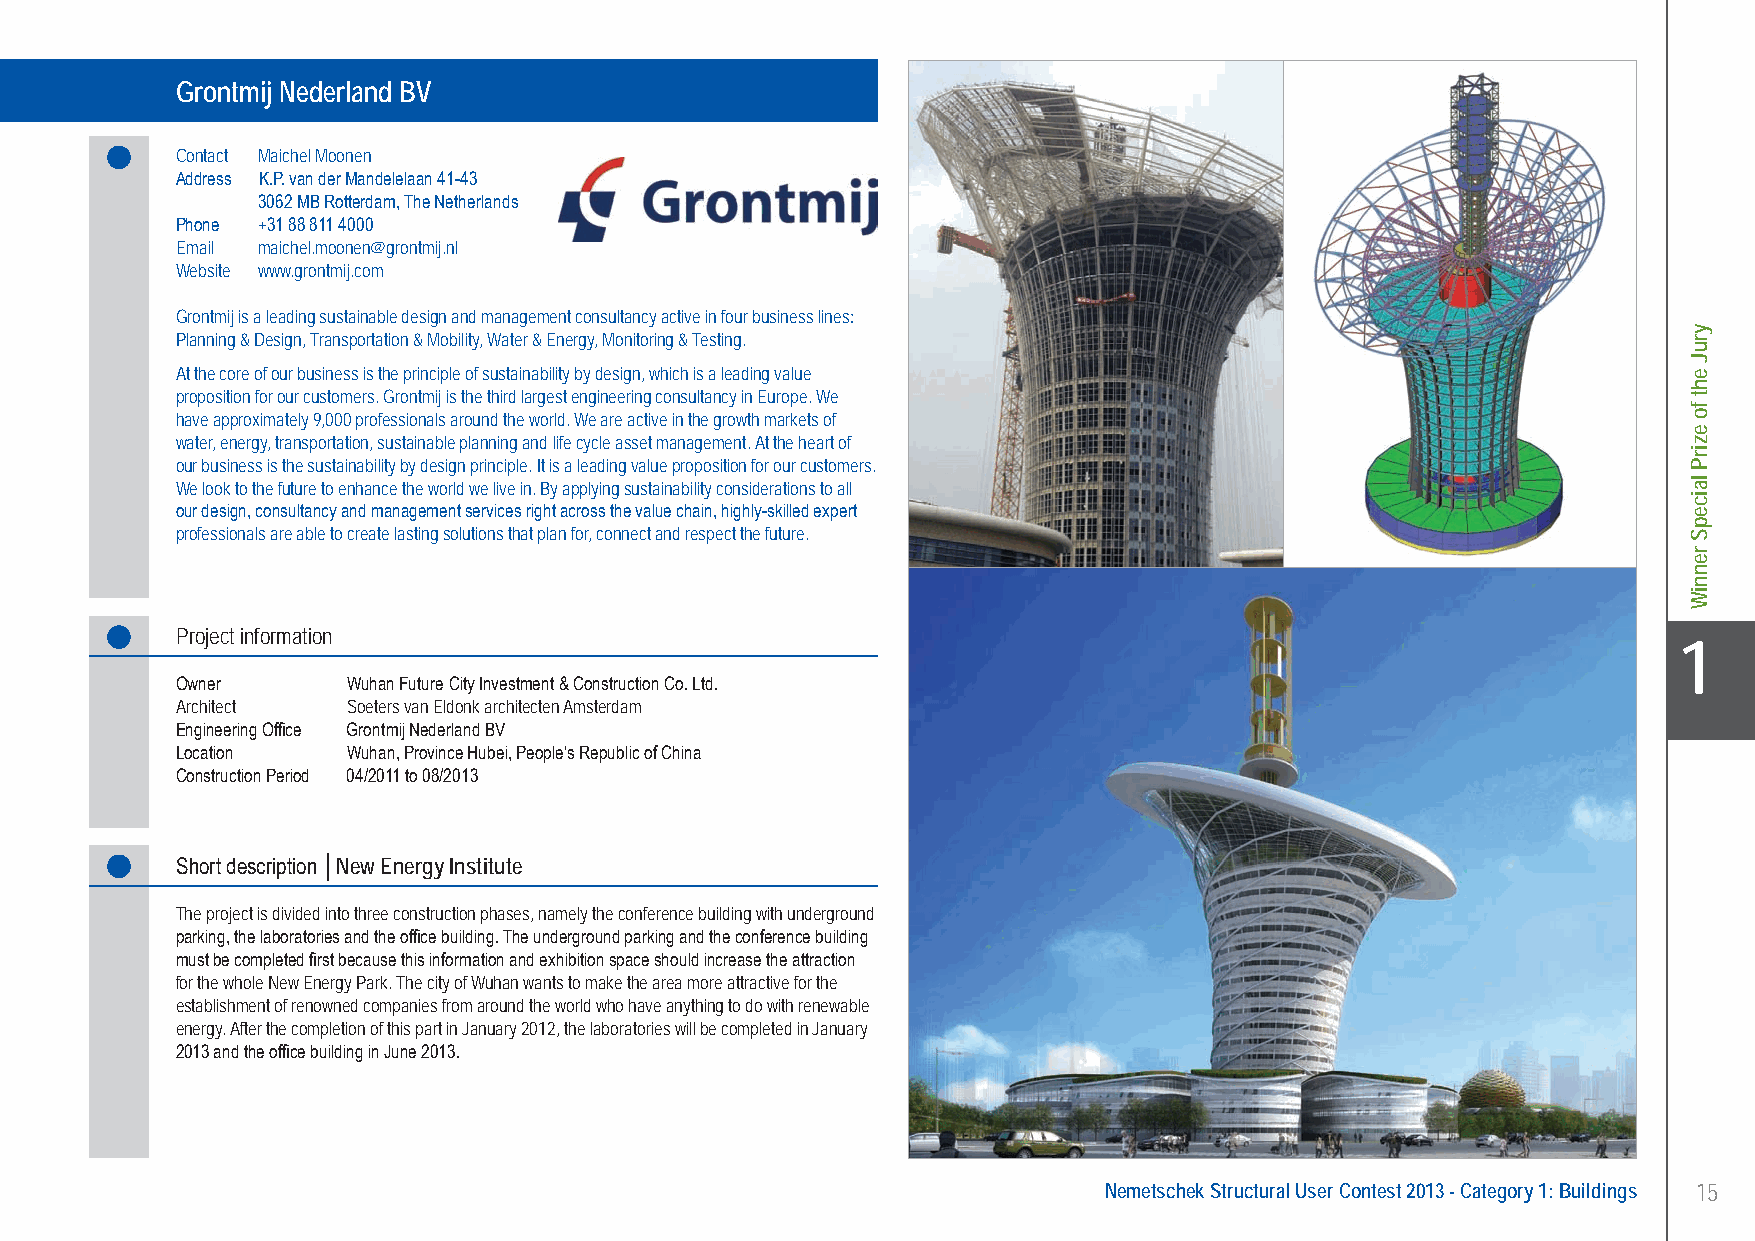
Grontmij Nederland BV New Energy Institute - Wuhan, Province Hubei, People’s Republic of China
 Grontmij Nederland BV
 Contact Maichel Moonen
 Address K.P. van der Mandelelaan 41-43
 3062 MB Rotterdam, The Netherlands
 Phone +31 88 811 4000
 Email maichel.moonen@grontmij.nl
 Website www.grontmij.com
 Grontmij is a leading sustainable design and management consultancy active in four business lines:
 Planning & Design, Transportation & Mobility, Water & Energy, Monitoring & Testing.
 At the core of our business is the principle of sustainability by design, which is a leading value
 proposition for our customers. Grontmij is the third largest engineering consultancy in Europe. We
 have approximately 9,000 professionals around the world. We are active in the growth markets of
 water, energy, transportation, sustainable planning and life cycle asset management. At the heart of
 our business is the sustainability by design principle. It is a leading value proposition for our customers.
 We look to the future to enhance the world we live in. By applying sustainability considerations to all
 our design, consultancy and management services right across the value chain, highly-skilled expert
 professionals are able to create lasting solutions that plan for, connect and respect the future.
 Project information
 X1
 Owner      Wuhan Future City Investment & Construction Co. Ltd.
 Architect  Soeters van Eldonk architecten Amsterdam
 Engineering Office Grontmij Nederland BV
 Location   Wuhan, Province Hubei, People’s Republic of China
 Construction Period 04/2011 to 08/2013
 Short description │New Energy Institute
 The project is divided into three construction phases, namely the conference building with underground
 parking, the laboratories and the office building. The underground parking and the conference building
 must be completed first because this information and exhibition space should increase the attraction
 for the whole New Energy Park. The city of Wuhan wants to make the area more attractive for the
 establishment of renowned companies from around the world who have anything to do with renewable
 energy. After the completion of this part in January 2012, the laboratories will be completed in January
 2013 and the office building in June 2013.
 Nemetschek Structural User Contest 2013 - Category 1: Buildings 15
 UC-2013-Book-V8.indd 15                                                                                   7/11/2013 12:20:10 PM
 yruJ
 eht
 fo
 ezirP
 laicepS
 renniW